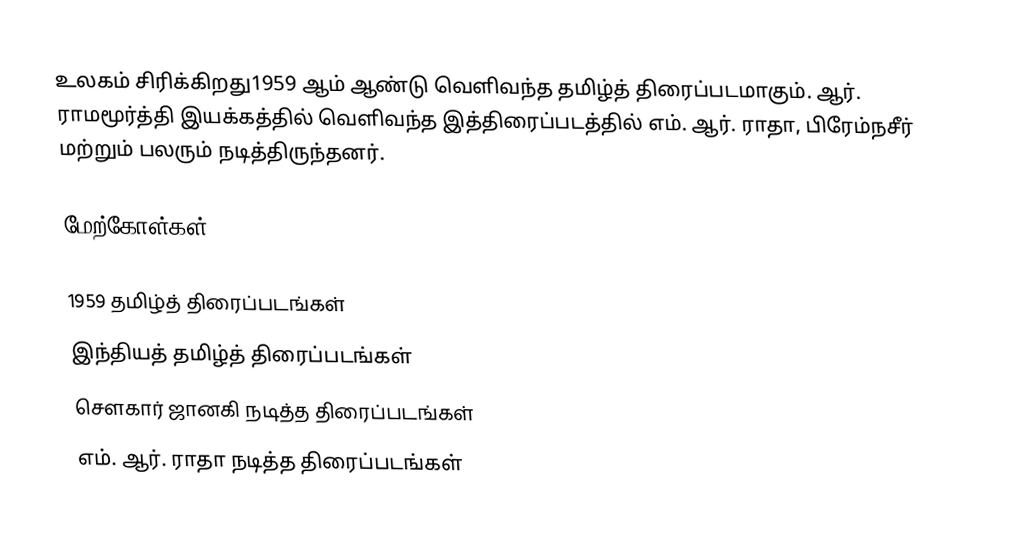
உலகம் சிரிக்கிறது1959 ஆம் ஆண்டு வெளிவந்த தமிழ்த் திரைப்படமாகும். ஆர். ராமமூர்த்தி இயக்கத்தில் வெளிவந்த இத்திரைப்படத்தில் எம். ஆர். ராதா, பிரேம்நசீர் மற்றும் பலரும் நடித்திருந்தனர்.

மேற்கோள்கள்

1959 தமிழ்த் திரைப்படங்கள்
இந்தியத் தமிழ்த் திரைப்படங்கள்
சௌகார் ஜானகி நடித்த திரைப்படங்கள்
எம். ஆர். ராதா நடித்த திரைப்படங்கள்